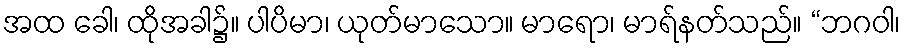
အထ ခေါ၊ ထိုအခါ၌။ ပါပိမာ၊ ယုတ်မာသော။ မာရော၊ မာရ်နတ်သည်။ “ဘဂဝါ၊